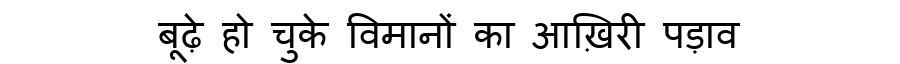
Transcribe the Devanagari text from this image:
बूढ़े हो चुके विमानों का आख़िरी पड़ाव